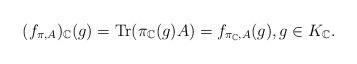
LaTeX: \begin{align*}(f_{\pi,A})_{\mathbb{C}}(g)=\mathrm{Tr}(\pi_{\mathbb{C}}(g)A)=f_{\pi_{\mathbb{C}},A}(g),g\in K_{\mathbb{C}}.\end{align*}